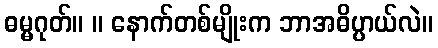
ဓမ္မဂုတ်။ ။ နောက်တစ်မျိုးက ဘာအဓိပ္ပာယ်လဲ။